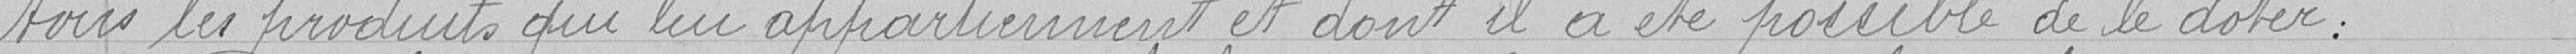
tous les produits qui lui appartiennent et dont il a été possible de le doter,